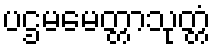
ပဌမမေတ္တာသုတ္တံ